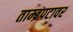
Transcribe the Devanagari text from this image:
ताम्ब्रपटावर